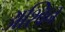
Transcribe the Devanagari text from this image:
अश्‍िवन